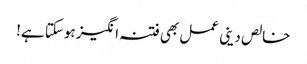
خالص دینی عمل بھی فتنہ انگیز ہوسکتا ہے!